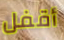
أقفل